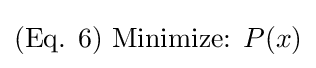
({\text{Eq. }}6){\text{ }}{\text{Minimize: }}P(x)